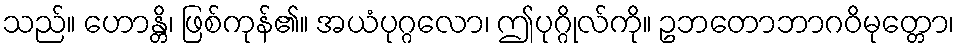
သည်။ ဟောန္တိ၊ ဖြစ်ကုန်၏။ အယံပုဂ္ဂလော၊ ဤပုဂ္ဂိုလ်ကို။ ဥဘတောဘာဂဝိမုတ္တော၊